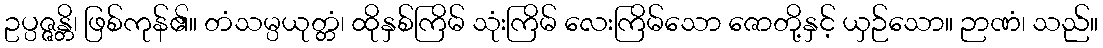
ဥပ္ပဇ္ဇန္တိ၊ ဖြစ်ကုန်၏။ တံသမ္ပယုတ္တံ၊ ထိုနှစ်ကြိမ် သုံးကြိမ် လေးကြိမ်သော ဇောတို့နှင့် ယှဉ်သော။ ဉာဏံ၊ သည်။